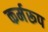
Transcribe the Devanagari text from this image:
कर्मरूप